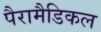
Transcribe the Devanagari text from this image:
पैरामैडिकल